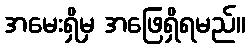
အမေးရှိမှ အဖြေရှိရမည်။